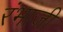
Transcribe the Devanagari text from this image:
रंभाजी